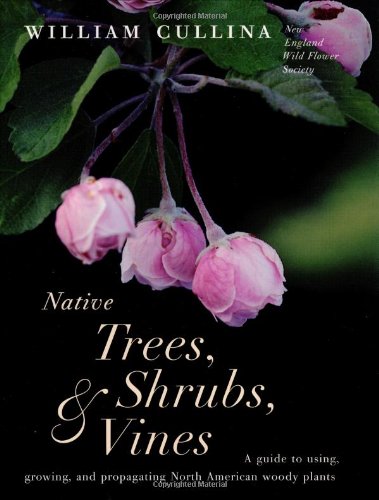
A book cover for Native Trees, Shrubs, and Vines: A Guide to Using, Growing, and Propagating North American Woody Plants; William Cullina; Crafts, Hobbies & Home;